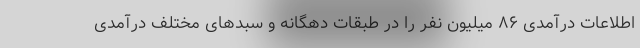
اطلاعات درآمدی ۸۶ میلیون نفر را در طبقات دهگانه و سبدهای مختلف درآمدی